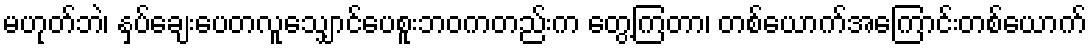
မဟုတ်ဘဲ၊ နှပ်ချေးပေတလူသျှောင်ပေစူးဘဝကတည်းက တွေ့ကြတာ၊ တစ်ယောက်အကြောင်းတစ်ယောက်